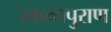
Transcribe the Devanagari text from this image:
स्कन्धपुराण